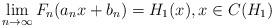
LaTeX: \begin{align*}\lim_{n\rightarrow \infty }F_{n}(a_{n}x+b_{n})=H_{1}(x),x\in C(H_{1})\end{align*}